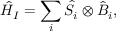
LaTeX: { \hat { H } } _ { I } = \sum _ { i } { \hat { S } } _ { i } \otimes { \hat { B } } _ { i } ,